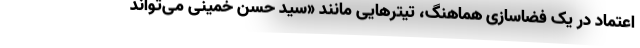
اعتماد در یک فضاسازی هماهنگ، تیترهایی مانند «سید حسن خمینی می‌تواند